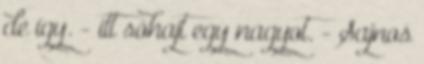
de így. - itt sóhajt egy nagyot. - Sajnos